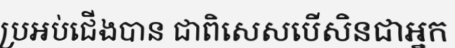
ប្រអប់ជើងបាន ជាពិសេសបើសិនជាអ្នក